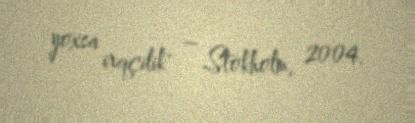
yoxsa irqçilik" – Stokholm, 2004.